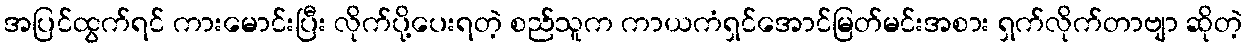
အပြင်ထွက်ရင် ကားမောင်းပြီး လိုက်ပို့ပေးရတဲ့ စည်သူက ကာယကံရှင်အောင်မြတ်မင်းအစား ရှက်လိုက်တာဗျာ ဆိုတဲ့